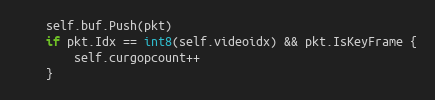
Language: Go
	self.buf.Push(pkt)
	if pkt.Idx == int8(self.videoidx) && pkt.IsKeyFrame {
		self.curgopcount++
	}